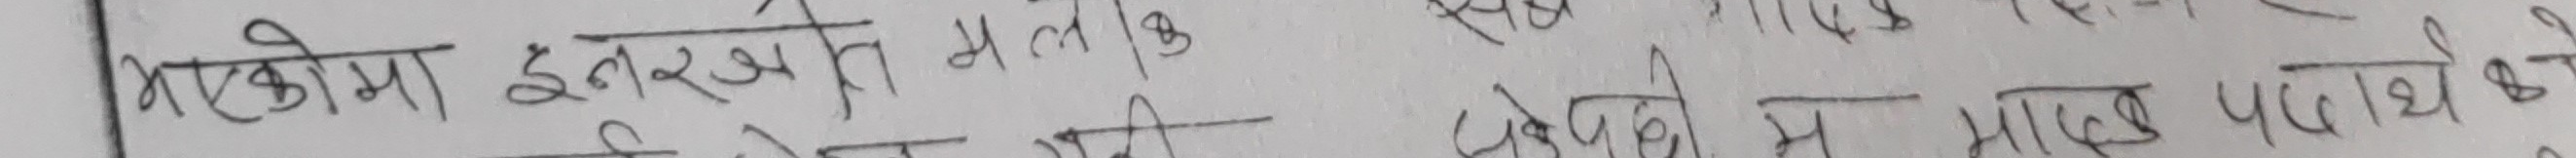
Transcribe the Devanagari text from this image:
मास्कोमा इनरुसानी मल्कि
छनेपछी म मात्र पढेको थे